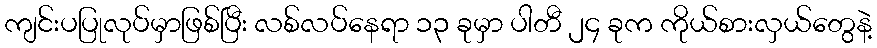
ကျင်းပပြုလုပ်မှာဖြစ်ပြီး လစ်လပ်နေရာ ၁၃ ခုမှာ ပါတီ ၂၄ ခုက ကိုယ်စားလှယ်တွေနဲ့